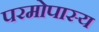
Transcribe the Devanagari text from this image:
परमोपास्य